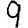
Digit: 9